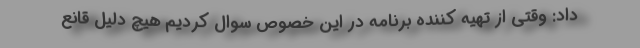
داد: وقتی از تهیه کننده برنامه در این خصوص سوال کردیم هیچ دلیل قانع